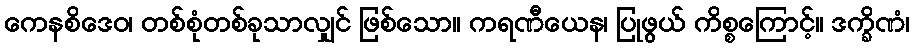
ကေနစိဒေဝ၊ တစ်စုံတစ်ခုသာလျှင် ဖြစ်သော။ ကရဏီယေန၊ ပြုဖွယ် ကိစ္စကြောင့်။ ဒက္ခိဏံ၊